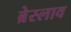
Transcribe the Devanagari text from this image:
ब्रेस्लाव